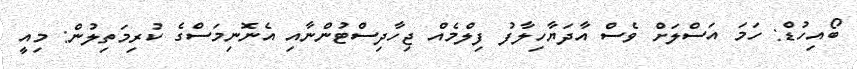
ބޯއިހުޑް: ހަމަ އަސްލަށް ވެސް އާދަޔާހިލާފު ފިލްމެއް ޖިހާދިސްޓުންނާއި އެނޮނިމަސްގެ ކުރިމަތިލުން: މިއީ